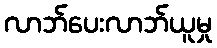
လာဘ်ပေးလာဘ်ယူမှု